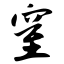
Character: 窒